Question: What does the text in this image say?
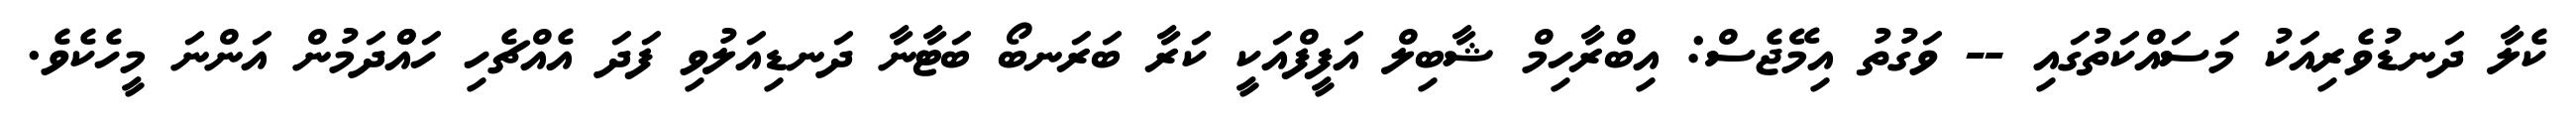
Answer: ކެލާ ދަނޑުވެރިއަކު މަސައްކަތުގައި -- ވަގުތު އިމޭޖެސް: އިބްރާހިމް ޝާބިލް އަފީފްއަކީ ކަރާ ބަރަނބޯ ބަޓާނާ ދަނޑިއަލުވި ފަދަ އެއްޗެހި ހައްްދަމުން އަންނަ މީހެކެވެ.